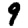
Digit: 9